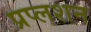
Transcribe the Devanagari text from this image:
प्रप्लशन